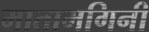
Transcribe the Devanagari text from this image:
माताभगिनी